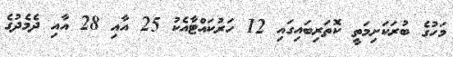
މަހުގެ ބުރަކަށިމަތީ ކޮަތަރިބައިގައި 12 ހަރުކައްޓާއެކު 25 އާއި 28 އާއި ދެމެދުގެ